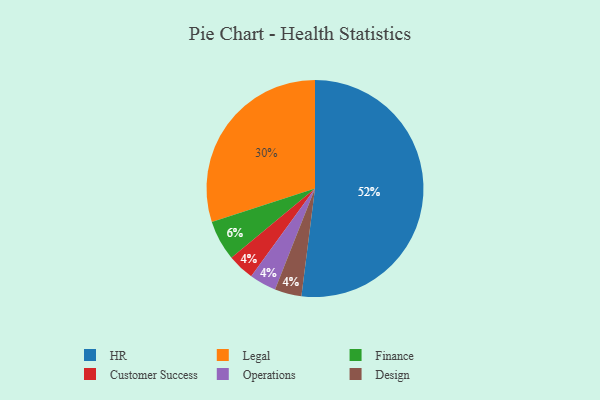
{"axis": {"x": "Category", "y": "Percentage"}, "legend": ["Customer Success", "Design", "Finance", "HR", "Legal", "Operations"], "data": [{"x": "Finance", "y": 6, "type": "Finance"}, {"x": "Customer Success", "y": 4, "type": "Customer Success"}, {"x": "HR", "y": 52, "type": "HR"}, {"x": "Legal", "y": 30, "type": "Legal"}, {"x": "Operations", "y": 4, "type": "Operations"}, {"x": "Design", "y": 4, "type": "Design"}]}